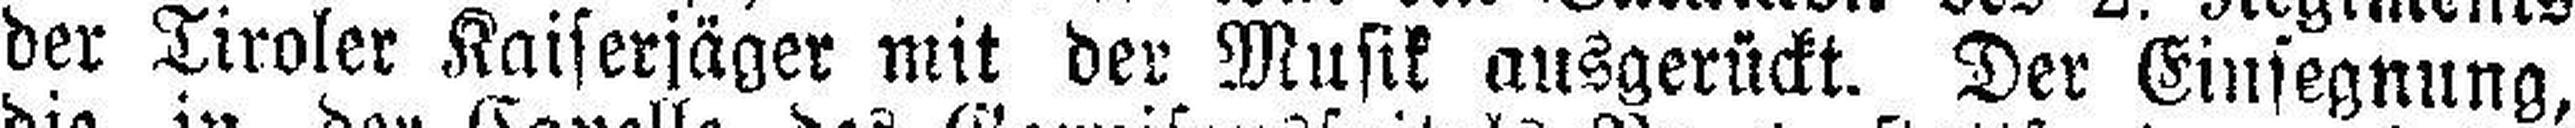
der Tiroler Kaiserjäger mit der Musik ausgerückt. Der Einsegnung,